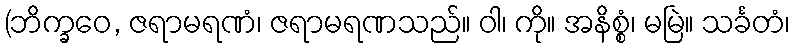
(ဘိက္ခဝေ, ဇရာမရဏံ၊ ဇရာမရဏသည်။ ဝါ၊ ကို။ အနိစ္စံ၊ မမြဲ။ သင်္ခတံ၊